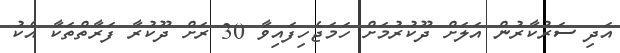
އަދި ސަރުކާރުން އަލަށް ދޫކުރުމަށް ހަމަޖެހިފައިވާ 30 ރަށް ދޫކުރާ ފަރާތްތަކާ އެކު